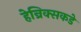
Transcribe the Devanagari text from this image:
हेन्रिक्सकडे